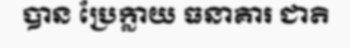
បាន ប្រែក្លាយ ធនាគារ ជាតិ